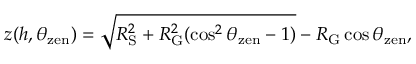
z ( h , \theta _ { \mathrm { z e n } } ) = \sqrt { R _ { \mathrm { S } } ^ { 2 } + R _ { \mathrm { G } } ^ { 2 } ( \cos ^ { 2 } \theta _ { \mathrm { z e n } } - 1 ) } - R _ { \mathrm { G } } \cos \theta _ { \mathrm { z e n } } ,